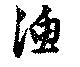
漁